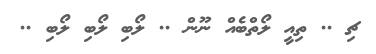
ޗި .. ތިއީ ލޯތްބެއް ނޫން .. ލޯބި ލޯބި ލޯބި ..